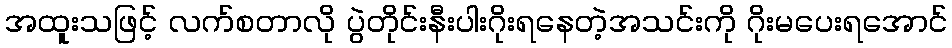
အထူးသဖြင့် လက်စတာလို ပွဲတိုင်းနီးပါးဂိုးရနေတဲ့အသင်းကို ဂိုးမပေးရအောင်